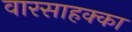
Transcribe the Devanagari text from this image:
वारसाहक्का